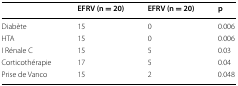
<table><thead><tr><td></td><td><b>EFRV (n = 20)</b></td><td><b>EFRV (n = 20)</b></td><td><b>p</b></td></tr></thead><tbody><tr><td>Diabète</td><td>15</td><td>0</td><td>0.006</td></tr><tr><td>HTA</td><td>15</td><td>0</td><td>0.006</td></tr><tr><td>I Rénale C</td><td>15</td><td>5</td><td>0.03</td></tr><tr><td>Corticothérapie</td><td>17</td><td>5</td><td>0.04</td></tr><tr><td>Prise de Vanco</td><td>15</td><td>2</td><td>0.048</td></tr></tbody></table>